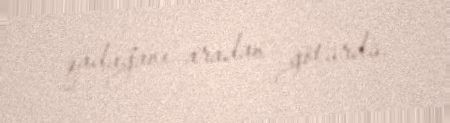
qadağanı aradan götürdü.